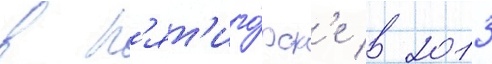
в п'ят'иго́рск'е в 2013